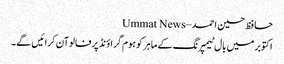
حافظ حسین احمد – Ummat News
اکتوبرمیں بال ٹیمپرنگ کے ماہر کو ہوم گراؤنڈ پرفالوآن کرائیں گے۔